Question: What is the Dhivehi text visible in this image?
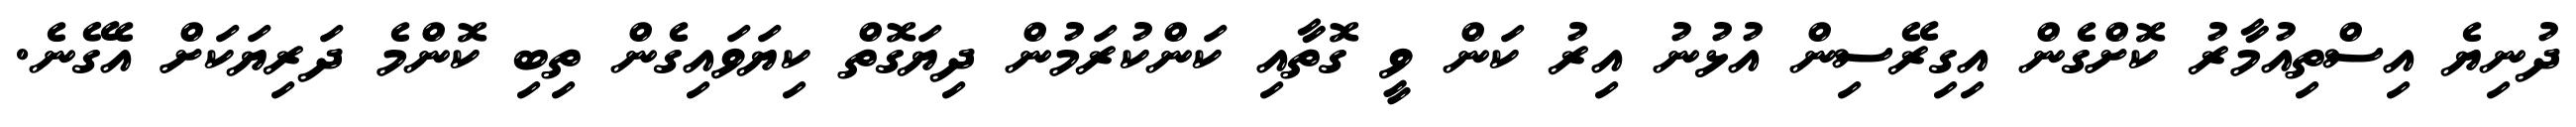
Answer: ދުނިޔެ އިސްތިއުމާރު ކޮށްގެން އިގިރޭސިން އުޅުނު އިރު ކަން ވީ ގޮތާއި ކަންކުރަމުން ދިޔަގޮތް ކިޔަވައިގެން ތިބި ކޮންމެ ދަރިޔަކަށް އެގޭނެ.